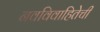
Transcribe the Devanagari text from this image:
नवविवाहितेची